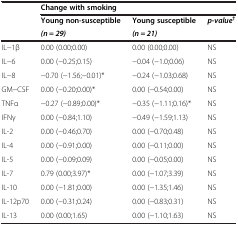
|  | <COLSPAN=3> Change with smoking |
 |  | Young non-susceptible | Young susceptible | <ROWSPAN=2> p-value† |
 |  | (n = 29) | (n = 21) |
 | --- | --- | --- | --- |
 | IL−1β | 0.00 (0.00;0.00) | 0.00 (0.00;0.00) | NS |
 | IL−6 | 0.00 (−0.25;0.15) | −0.04 (−1.0;0.06) | NS |
 | IL−8 | −0.70 (−1.56;−0.01)* | −0.24 (−1.03;0.68) | NS |
 | GM−CSF | 0.00 (−0.20;0.00)* | 0.00 (−0.54;0.00) | NS |
 | TNFα | −0.27 (−0.89;0.00)* | −0.35 (−1.11;0.16)* | NS |
 | IFNγ | 0.00 (−0.84;1.10) | −0.49 (−1.59;1.13) | NS |
 | IL-2 | 0.00 (−0.46;0.70) | 0.00 (−0.70;0.48) | NS |
 | IL-4 | 0.00 (−0.91;0.00) | 0.00 (−0.11;0.00) | NS |
 | IL-5 | 0.00 (−0.09;0.09) | 0.00 (−0.05;0.00) | NS |
 | IL-7 | 0.79 (0.00;3.97)* | 0.00 (−1.07;3.39) | NS |
 | IL-10 | 0.00 (−1.81;0.00) | 0.00 (−1.35;1.46) | NS |
 | IL-12p70 | 0.00 (−0.31;0.24) | 0.00 (−0.83;0.31) | NS |
 | IL-13 | 0.00 (0.00;1.65) | 0.00 (−1.10;1.63) | NS |